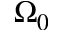
\Omega _ { 0 }